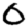
Digit: 0